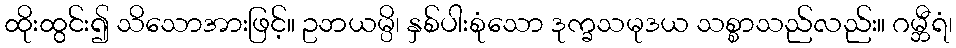
ထိုးထွင်း၍ သိသောအားဖြင့်။ ဥဘယမ္ပိ၊ နှစ်ပါးစုံသော ဒုက္ခသမုဒယ သစ္စာသည်လည်း။ ဂမ္ဘီရံ၊